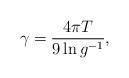
LaTeX: \begin{align*}\gamma=\frac{4\pi T}{9\ln g^{-1}},\end{align*}